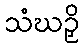
သံဃဉှိ